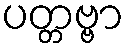
ပတ္တဗ္ဗာ